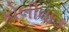
કોલીવાઙ